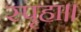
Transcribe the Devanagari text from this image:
स्पृहा॥